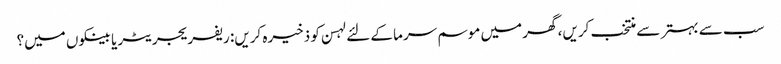
سب سے بہتر سے منتخب کریں، گھر میں موسم سرما کے لئے لہسن کو ذخیرہ کریں: ریفریجریٹر یا بینکوں میں؟